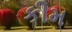
કીમ